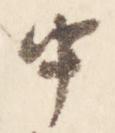
中